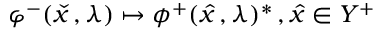
\varphi ^ { - } ( { \check { x } } \, , \lambda ) \mapsto \phi ^ { + } ( { \hat { x } } \, , \lambda ) ^ { * } \, , { \hat { x } } \in Y ^ { + }